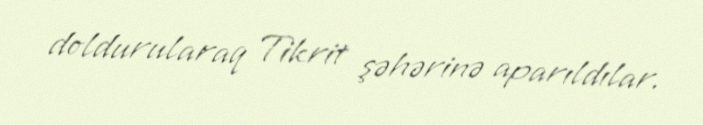
doldurularaq Tikrit şəhərinə aparıldılar.